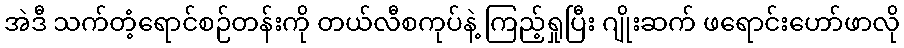
အဲဒီ သက်တံ့ရောင်စဉ်တန်းကို တယ်လီစကုပ်နဲ့ ကြည့်ရှုပြီး ဂျိုးဆက် ဖရောင်းဟော်ဖာလို